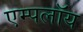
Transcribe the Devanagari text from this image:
एम्पलॉय